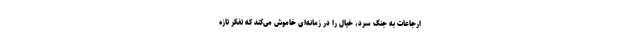
ارجاعات به جنگ سرد، خیال را در زمانه‌ای خاموش می‌کند که تفکر تازه